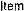
ITEM